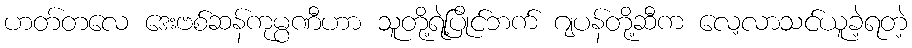
ဟတ်တလေ ဒေးဗစ်ဆန်ကုမ္ပဏီဟာ သူတို့ရဲ့ပြိုင်ဘက် ဂျပန်တို့ဆီက လေ့လာသင်ယူခဲ့ရတဲ့